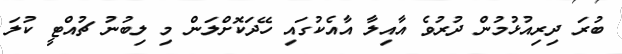
ބުރަ ދިރިއުޅުމުން ދުރުވެ އާއިލާ އާއެކުގައި ހޭދަކޮށްލަން މި ލިބުނު ޗުއްޓީ ކުލަ